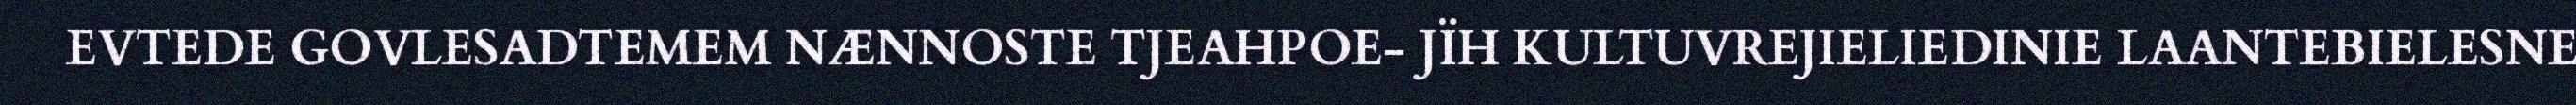
EVTEDE GOVLESADTEMEM NÆNNOSTE TJEAHPOE- JÏH KULTUVREJIELIEDINIE LAANTEBIELESNE